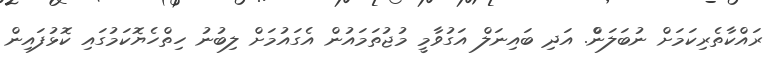
ރައްކާތެރިކަމަށް ނުބަލަންް. އަދި ބައިނަލް އަގުވާމީ މުޖުތަމައުން އެގައުމަަށް ލިބުނު ހިތްހެޔޮކަމުގައި ކޮޅުފައިން